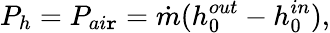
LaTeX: P_{h}=P_{ai\mathtt{r}}=\dot{{m}}(h_{0}^{out}-h_{0}^{in}),